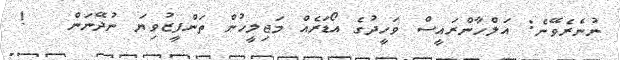
ނުނެރެވޭނެ: އަލްހާންރައީސް ވަހީދުގެ އޯޑަރެއް މަޖިލީހުން ތަންފީޒުވިޔަ ނުދޭނަން   !